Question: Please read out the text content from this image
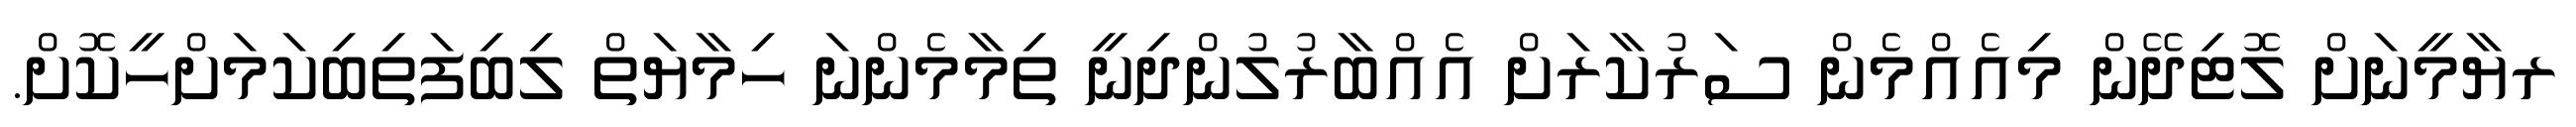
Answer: ރޔާމީނަށް ލޮޓިދޭން މިއެއްމެން ސަރުކާރަށް އެއްބާރުލުންދިނީ ތިމާމެންނަ ހިމާޔަތް ލިބިފަތިބިކަމަށްހީކޮށް.